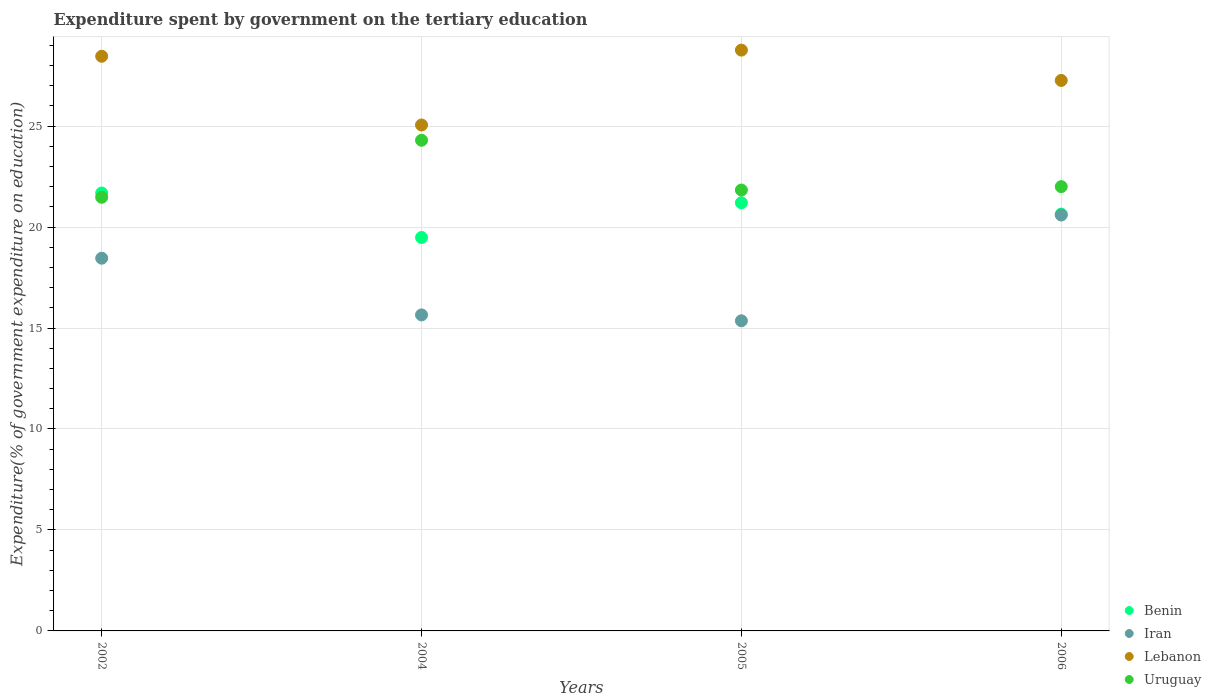
| Years | Benin | Iran | Lebanon | Uruguay |
 | --- | --- | --- | --- | --- |
 | 2002 | 21.7 | 18.5 | 28.5 | 21.5 |
 | 2004 | 19.5 | 15.6 | 25.1 | 24.3 |
 | 2005 | 21.2 | 15.4 | 28.8 | 21.8 |
 | 2006 | 20.6 | 20.6 | 27.3 | 22 |